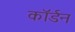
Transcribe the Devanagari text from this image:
कॉर्डन